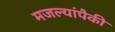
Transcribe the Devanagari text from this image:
मजल्यांपैकी